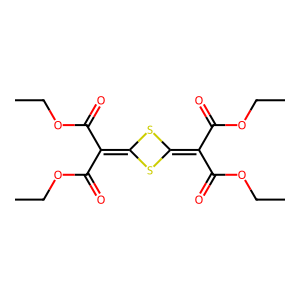
SMILES: CCOC(=O)C(C(=O)OCC)=c1sc(=C(C(=O)OCC)C(=O)OCC)s1
Inhibits HIV replication: No